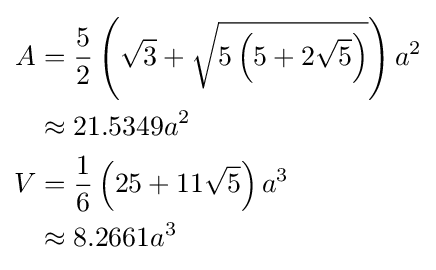
{\begin{aligned}A&={\frac {5}{2}}\left({\sqrt {3}}+{\sqrt {5\left(5+2{\sqrt {5}}\right)}}\right)a^{2}\\&\approx 21.5349a^{2}\\V&={\frac {1}{6}}\left(25+11{\sqrt {5}}\right)a^{3}\\&\approx 8.2661a^{3}\end{aligned}}